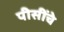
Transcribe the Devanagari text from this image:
पीसींचे